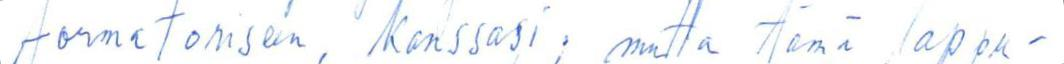
formatoriseen, kanssasi; mutta tämä lappu-